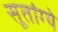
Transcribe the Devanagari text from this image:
सूतांग्ये